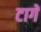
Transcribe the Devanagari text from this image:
टागें